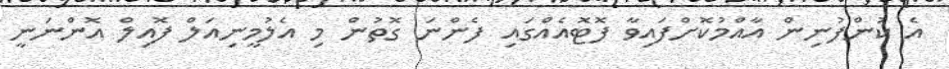
އެ ކުންފުނިން އާއްމުކޮށްފައިވާ ފޮޓޮއެއްގައި ފެންނަ ގޮތުން މި އެލުމީނިއަލް ފޮއިލް އޮންނަނީ